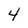
Character: 4